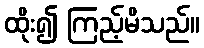
ထိုး၍ ကြည့်မိသည်။